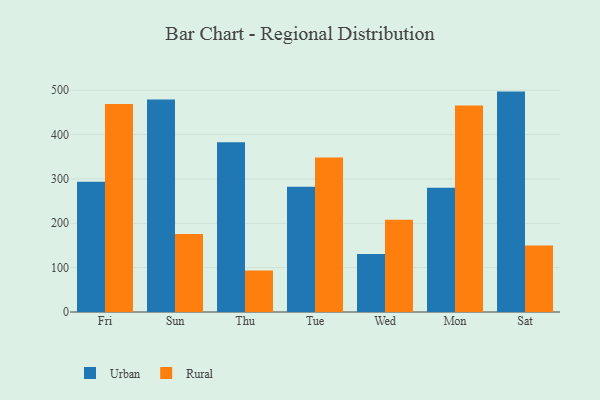
{"axis": {"x": "Day", "y": "Conversion Rate (%)"}, "legend": ["Rural", "Urban"], "data": [{"x": "Fri", "y": 293.9, "type": "Urban"}, {"x": "Fri", "y": 468.7, "type": "Rural"}, {"x": "Sun", "y": 479.3, "type": "Urban"}, {"x": "Sun", "y": 175.7, "type": "Rural"}, {"x": "Thu", "y": 382.5, "type": "Urban"}, {"x": "Thu", "y": 93.3, "type": "Rural"}, {"x": "Tue", "y": 282.3, "type": "Urban"}, {"x": "Tue", "y": 348.1, "type": "Rural"}, {"x": "Wed", "y": 130.7, "type": "Urban"}, {"x": "Wed", "y": 208.0, "type": "Rural"}, {"x": "Mon", "y": 279.9, "type": "Urban"}, {"x": "Mon", "y": 465.7, "type": "Rural"}, {"x": "Sat", "y": 496.9, "type": "Urban"}, {"x": "Sat", "y": 150.0, "type": "Rural"}]}